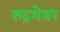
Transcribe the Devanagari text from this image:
रुद्रमेवर